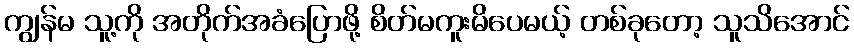
ကျွန်မ သူ့ကို အတိုက်အခံပြောဖို့ စိတ်မကူးမိပေမယ့် တစ်ခုတော့ သူသိအောင်